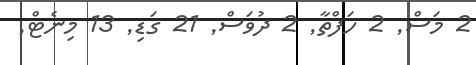
2 މަސް